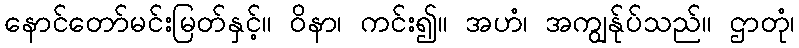
နောင်တော်မင်းမြတ်နှင့်။ ဝိနာ၊ ကင်း၍။ အဟံ၊ အကျွန်ုပ်သည်။ ဌာတုံ၊